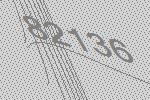
82136